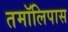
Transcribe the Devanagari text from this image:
तमॉलिपास